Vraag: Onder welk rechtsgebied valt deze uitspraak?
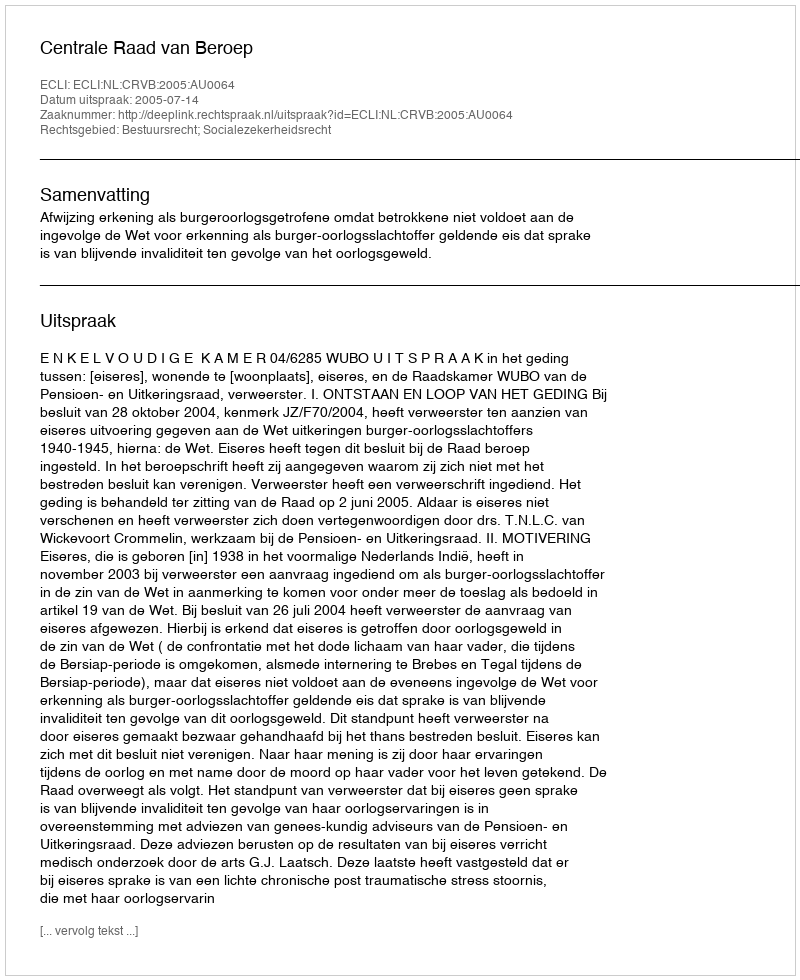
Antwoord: Bestuursrecht; Socialezekerheidsrecht